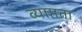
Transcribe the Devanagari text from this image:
व्याप्तता